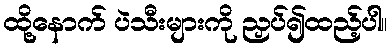
ထို့နောက် ပဲသီးများကို ညှပ်၍ထည့်ပါ။